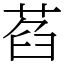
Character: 萏